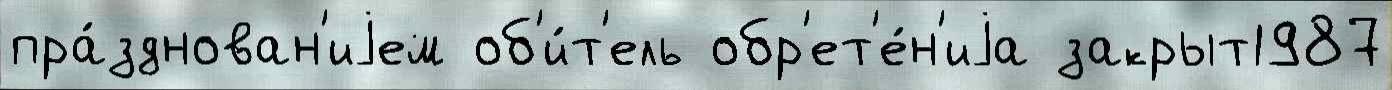
пра́зднован'иjем об'и́т'ель обр'ет'е́н'иjа закрыт1987